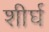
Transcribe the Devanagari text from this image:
शीर्घ